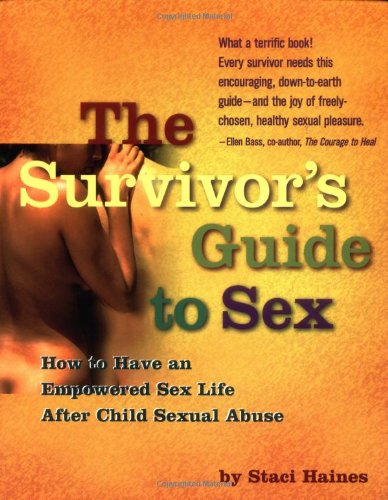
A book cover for The Survivor's Guide to Sex: How to Have an Empowered Sex Life After Child Sexual Abuse; Staci Haines; Politics & Social Sciences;